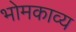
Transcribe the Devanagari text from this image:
भोमकाव्य